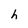
Character: h